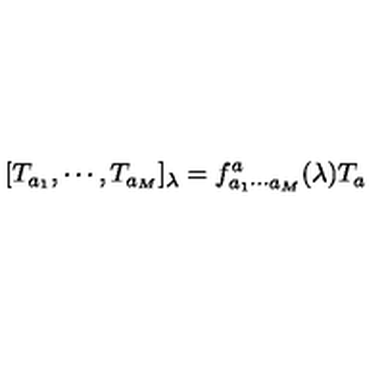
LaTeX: [ T _ { a _ { 1 } } , \cdots , T _ { a _ { M } } ] _ { \lambda } = f _ { a _ { 1 } \cdots a _ { M } } ^ { a } ( \lambda ) T _ { a }